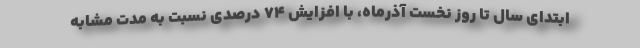
ابتدای سال تا روز نخست آذرماه، با افزایش ۷۴ درصدی نسبت به مدت مشابه